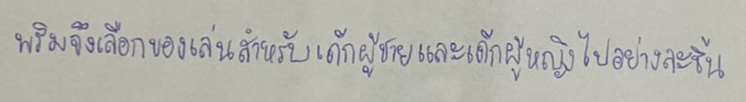
พริมจึงเลือกของเล่นสำหรับเด็กผู้ชายและเด็กผู้หญิงไปอย่างละชิ้น